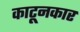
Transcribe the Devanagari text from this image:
काटूनकार